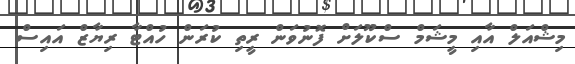
މިޝްއަލް އާއި މީޝަމް ސްކޫލަށް ފޮނުވަން ރީތި ކުރަން ހުއްޓާ ރިޔާޒް އައިސް